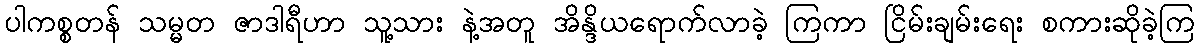
ပါကစ္စတန် သမ္မတ ဇာဒါရီဟာ သူ့သား နဲ့အတူ အိန္ဒိယရောက်လာခဲ့ ကြကာ ငြိမ်းချမ်းရေး စကားဆိုခဲ့ကြ